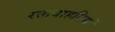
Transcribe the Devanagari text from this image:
रक्तवाहनियों